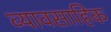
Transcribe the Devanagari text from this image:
व्यावसाहिक